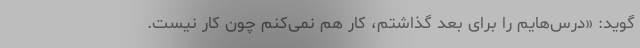
‌گوید: «درس‌هایم را برای بعد گذاشتم، کار هم نمی‌کنم چون کار نیست.